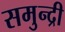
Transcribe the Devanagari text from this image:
समुन्द्री